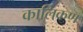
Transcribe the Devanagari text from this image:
कालिकण